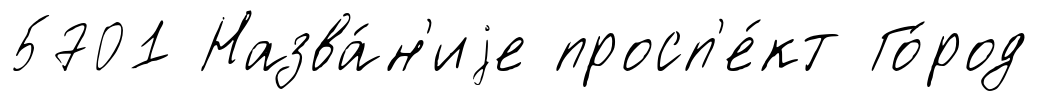
5701 Назва́н'иjе просп'е́кт Го́род